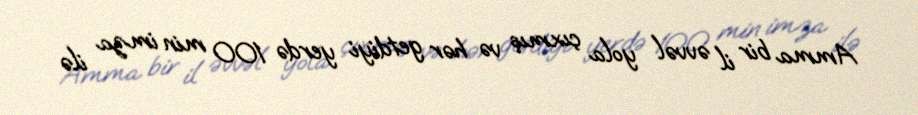
Amma bir il əvvəl yola çıxmış və hər getdiyi yerdə 100 min imza ilə